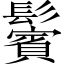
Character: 鬢